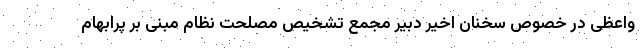
واعظی در خصوص سخنان اخیر دبیر مجمع تشخیص مصلحت نظام مبنی بر پرابهام